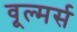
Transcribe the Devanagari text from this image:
वूल्मर्स